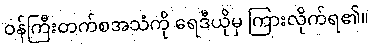
ဝန်ကြီးတက်စအသံကို ရေဒီယိုမှ ကြားလိုက်ရ၏။